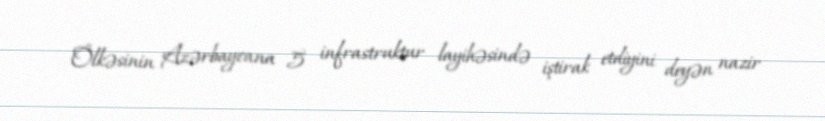
Ölkəsinin Azərbaycana 5 infrastruktur layihəsində iştirak etdiyini deyən nazir